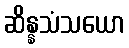
ဆိန္နသံသယော